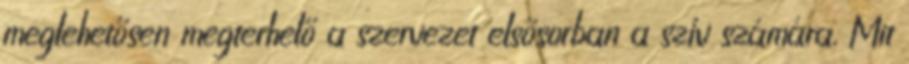
meglehetősen megterhelő a szervezet elsősorban a szív számára. Mit